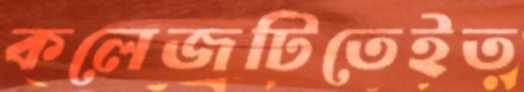
কলেজটিতেইত